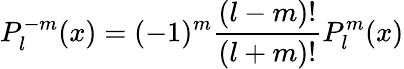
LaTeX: P_{l}^{-m}(x)=(-1)^{m}\frac{(l-m)!}{(l+m)!}P_{l}^{m}(x)